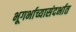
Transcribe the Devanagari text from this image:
भूगर्भाच्यासंदर्भात